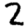
Digit: 2